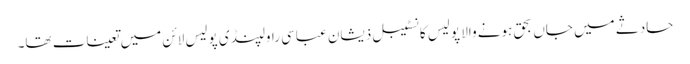
حادثے میں جاں بحق ہونے والا پولیس کانسٹیبل ذیشان عباسی راولپنڈی پولیس لائن میں تعینات تھا۔